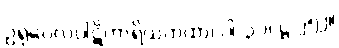
ဥရုဝေလပါဋိဟာရိယကထာ၊ ပါ-၃၁၊ ဋ္ဌ-၂၅၂။